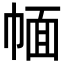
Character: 𢃮